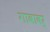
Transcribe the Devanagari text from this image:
गावावर्